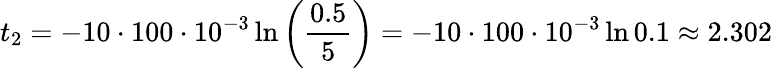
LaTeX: t_{2}=-10\cdot 100\cdot 10^{-3}\ln{\left(\frac{0.5}{5}\right)}=-10\cdot 100\cdot 10^{-3}\ln{0.1}\approx 2.302